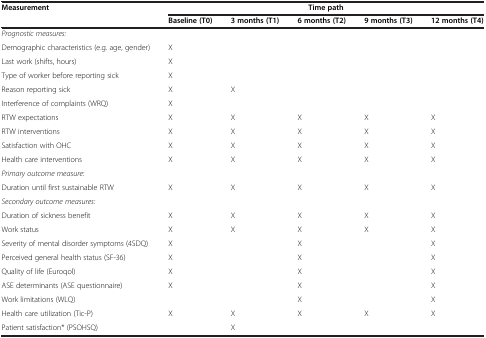
| Measurement |  |  | Time path |  |  |
 |  | Baseline (T0) | 3 months (T1) | 6 months (T2) | 9 months (T3) | 12 months (T4) |
 | --- | --- | --- | --- | --- | --- |
 | Prognostic measures: |  |  |  |  |  |
 | Demographic characteristics (e.g. age, gender) | X |  |  |  |  |
 | Last work (shifts, hours) | X |  |  |  |  |
 | Type of worker before reporting sick | X |  |  |  |  |
 | Reason reporting sick | X | X |  |  |  |
 | Interference of complaints (WRQ) | X |  |  |  |  |
 | RTW expectations | X | X | X | X | X |
 | RTW interventions | X | X | X | X | X |
 | Satisfaction with OHC | X | X | X | X | X |
 | Health care interventions | X | X | X | X | X |
 | Primary outcome measure: |  |  |  |  |  |
 | Duration until first sustainable RTW | X | X | X | X | X |
 | Secondary outcome measures: |  |  |  |  |  |
 | Duration of sickness benefit | X | X | X | X | X |
 | Work status | X | X | X | X | X |
 | Severity of mental disorder symptoms (4SDQ) | X |  | X |  | X |
 | Perceived general health status (SF-36) | X |  | X |  | X |
 | Quality of life (Euroqol) | X |  | X |  | X |
 | ASE determinants (ASE questionnaire) | X |  | X |  | X |
 | Work limitations (WLQ) |  |  | X |  | X |
 | Health care utilization (Tic-P) | X | X | X | X | X |
 | Patient satisfaction* (PSOHSQ) |  | X |  |  |  |